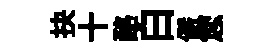
抉十酪白儼您